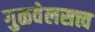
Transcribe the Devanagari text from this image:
गुळवेलसत्त्व